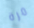
مرة